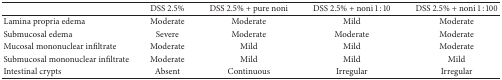
|  | DSS 2.5% | DSS 2.5% + pure noni | DSS 2.5% + noni 1 : 10 | DSS 2.5% + noni 1 : 100 |
 | --- | --- | --- | --- | --- |
 | Lamina propria edema | Moderate | Moderate | Mild | Moderate |
 | Submucosal edema | Severe | Moderate | Moderate | Moderate |
 | Mucosal mononuclear infiltrate | Moderate | Mild | Mild | Moderate |
 | Submucosal mononuclear infiltrate | Moderate | Mild | Mild | Mild |
 | Intestinal crypts | Absent | Continuous | Irregular | Irregular |